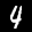
Label: 4